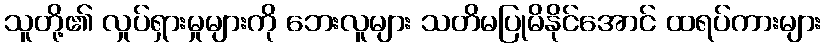
သူတို့၏ လှုပ်ရှားမှုများကို ဘေးလူများ သတိမပြုမိနိုင်အောင် ထရပ်ကားများ